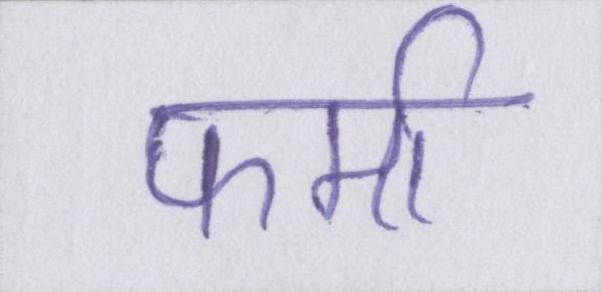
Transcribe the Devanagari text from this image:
फर्मा